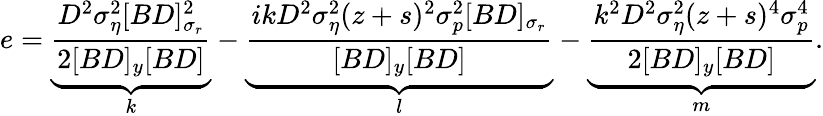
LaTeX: e=\underbrace{\frac{D^{2}\sigma_{\eta}^{2}[BD]_{\sigma_{r}}^{2}}{2[BD]_{y}[BD]}}_{k}-\underbrace{\frac{ikD^{2}\sigma_{\eta}^{2}(z+s)^{2}\sigma_{p}^{2}[BD]_{\sigma_{r}}}{[BD]_{y}[BD]}}_{l}-\underbrace{\frac{k^{2}D^{2}\sigma_{\eta}^{2}(z+s)^{4}\sigma_{p}^{4}}{2[BD]_{y}[BD]}}_{m}.